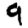
Digit: 9